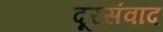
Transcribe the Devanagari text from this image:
दूरसंवाद